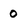
Character: 0